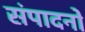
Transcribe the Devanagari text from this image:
संपादनों